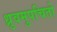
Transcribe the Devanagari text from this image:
ध्रुवमुपचितो